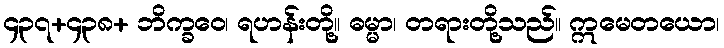
၄၃၇+၄၃၈+ ဘိက္ခဝေ၊ ရဟန်းတို့။ ဓမ္မာ၊ တရားတို့သည်။ ဣမေတယော၊